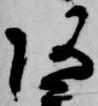
阿